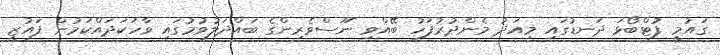
ގައުމީ ފުޓްބޯޅަ ދަނޑުގައި މިއަދު މެންދުރުފަހު ބޭއްވި ނޫސްވެރިންގެ ބައްދަލުވުމުގައި ވާހަކަދައްކަމުން ފައުޒީ